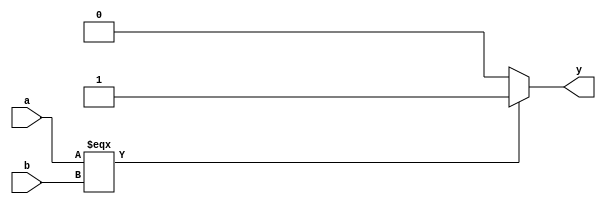
module equal #(parameter width=8)(
input  [width-1:0] a,b, output  y);


assign y = (a===b)?1:0;


endmodule